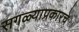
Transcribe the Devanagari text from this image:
सगळ्याप्रकारचे